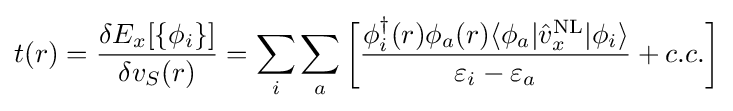
t(r)={\frac {\delta E_{x}[\{\phi _{i}\}]}{\delta v_{S}(r)}}=\sum _{i}\sum _{a}{\bigg [}{\frac {\phi _{i}^{\dagger }(r)\phi _{a}(r)\langle \phi _{a}|{\hat {v}}_{x}^{\text{NL}}|\phi _{i}\rangle }{\varepsilon _{i}-\varepsilon _{a}}}+c.c.{\bigg ]}